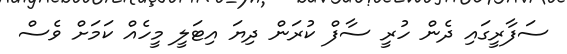
ސަފާރީގައި ދެން ހުރީ ސާފް ކުރަން ދިޔަ އިޓަލީ މީހެއް ކަމަށް ވެސް